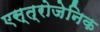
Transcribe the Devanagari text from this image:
एस्त्रोजेनिक